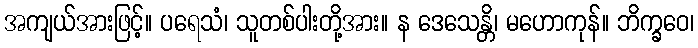
အကျယ်အားဖြင့်။ ပရေသံ၊ သူတစ်ပါးတို့အား။ န ဒေသေန္တိ၊ မဟောကုန်။ ဘိက္ခဝေ၊